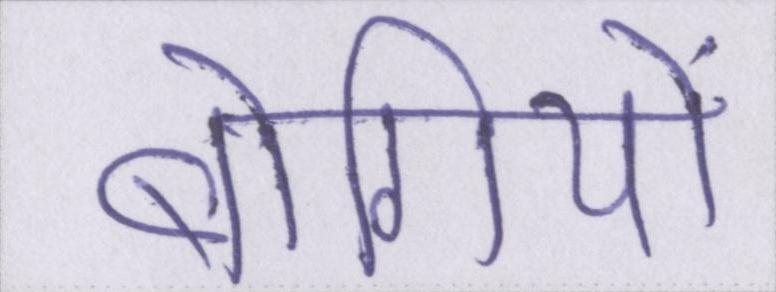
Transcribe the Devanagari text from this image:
बोगियों